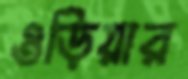
ওড়িয়ার